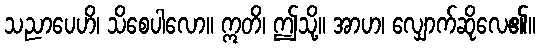
သညာပေဟိ၊ သိစေပါလော။ ဣတိ၊ ဤသို့။ အာဟ၊ လျှောက်ဆိုလေ၏။